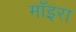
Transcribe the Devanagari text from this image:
मॉइरा